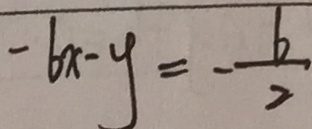
- 6 x - y = - \frac { 6 } { 2 }